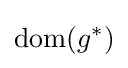
\operatorname {dom} (g^{*})